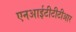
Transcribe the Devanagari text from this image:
एनआईटीटीटीआर